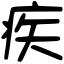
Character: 疾